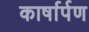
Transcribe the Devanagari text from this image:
कार्षार्पण